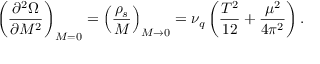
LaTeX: \left( \frac { \partial ^ { 2 } \Omega } { \partial M ^ { 2 } } \right) _ { M = 0 } = \left( \frac { \rho _ { s } } { M } \right) _ { M \rightarrow 0 } = \nu _ { q } \left( \frac { T ^ { 2 } } { 1 2 } + \frac { \mu ^ { 2 } } { 4 \pi ^ { 2 } } \right) .